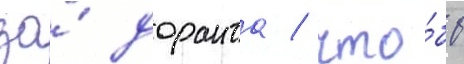
за́ доранта / что́бы